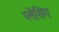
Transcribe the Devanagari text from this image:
प्लेसिंग